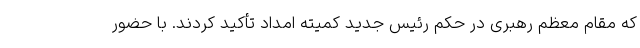
که مقام معظم رهبری در حکم رئیس جدید کمیته امداد تأکید کردند. با حضور